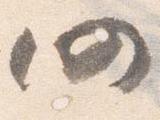
仍